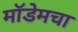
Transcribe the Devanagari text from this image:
मॉडेमचा